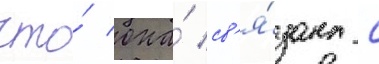
что́ она́ св'я́зана с